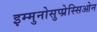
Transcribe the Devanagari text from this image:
इम्मुनोसुप्प्रेस्सिओन